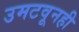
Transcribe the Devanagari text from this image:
उमटवूनही